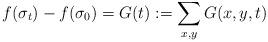
LaTeX: \begin{align*}f(\sigma_{t})-f(\sigma_{0})=G(t):=\sum_{x,y}G(x,y,t)\end{align*}